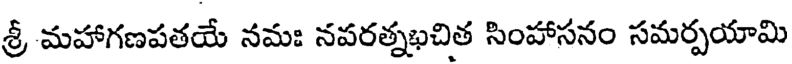
శ్రీ మహాగణపతయే నమః నపరత్నభచిత సింహాసనం సమర్పయామి